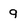
Character: 9